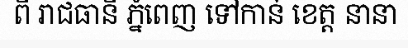
ពី រាជធានី ភ្នំពេញ ទៅកាន់ ខេត្ត នានា